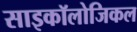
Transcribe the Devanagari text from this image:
साइकॉलोजिकल